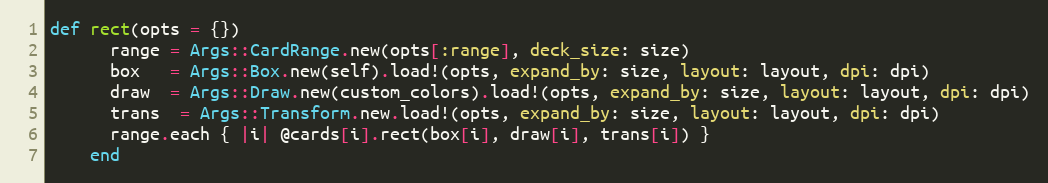
Language: Ruby
def rect(opts = {})
      range = Args::CardRange.new(opts[:range], deck_size: size)
      box   = Args::Box.new(self).load!(opts, expand_by: size, layout: layout, dpi: dpi)
      draw  = Args::Draw.new(custom_colors).load!(opts, expand_by: size, layout: layout, dpi: dpi)
      trans  = Args::Transform.new.load!(opts, expand_by: size, layout: layout, dpi: dpi)
      range.each { |i| @cards[i].rect(box[i], draw[i], trans[i]) }
    end